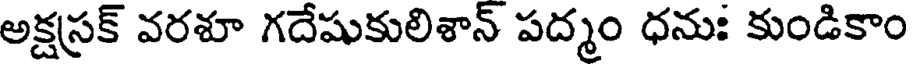
అక్షస్రక్ వరశూ గదేషుకులిశాన్ పద్మం ధనుః కుండికాం